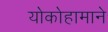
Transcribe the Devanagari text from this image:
योकोहामाने